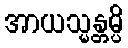
အာယသ္မန္တမ္ပိ